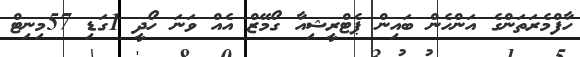
ހާފްމެރަތަންގެ އަންހެން ބައިން ޕެޓްރީޝިއާ ގޯމޭޒް އެއް ވަނަ ހޯދީ 1ގަޑި 57މިނިޓް